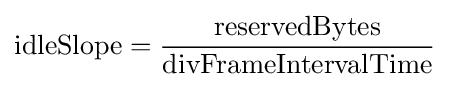
{\text{idleSlope}}={\frac {\text{reservedBytes}}{\text{divFrameIntervalTime}}}